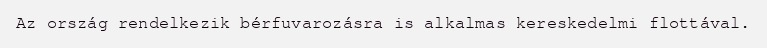
Az ország rendelkezik bérfuvarozásra is alkalmas kereskedelmi flottával.